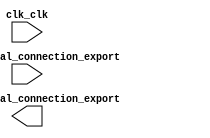

module niosii (
	buts_external_connection_export,
	clk_clk,
	leds_external_connection_export);	

	input	[7:0]	buts_external_connection_export;
	input		clk_clk;
	output	[7:0]	leds_external_connection_export;
endmodule